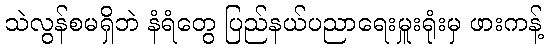
သဲလွန်စမရှိဘဲ နံရံတွေ ပြည်နယ်ပညာရေးမှူးရုံးမှ ဖားကန့်